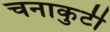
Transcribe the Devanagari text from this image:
चनाकुटी